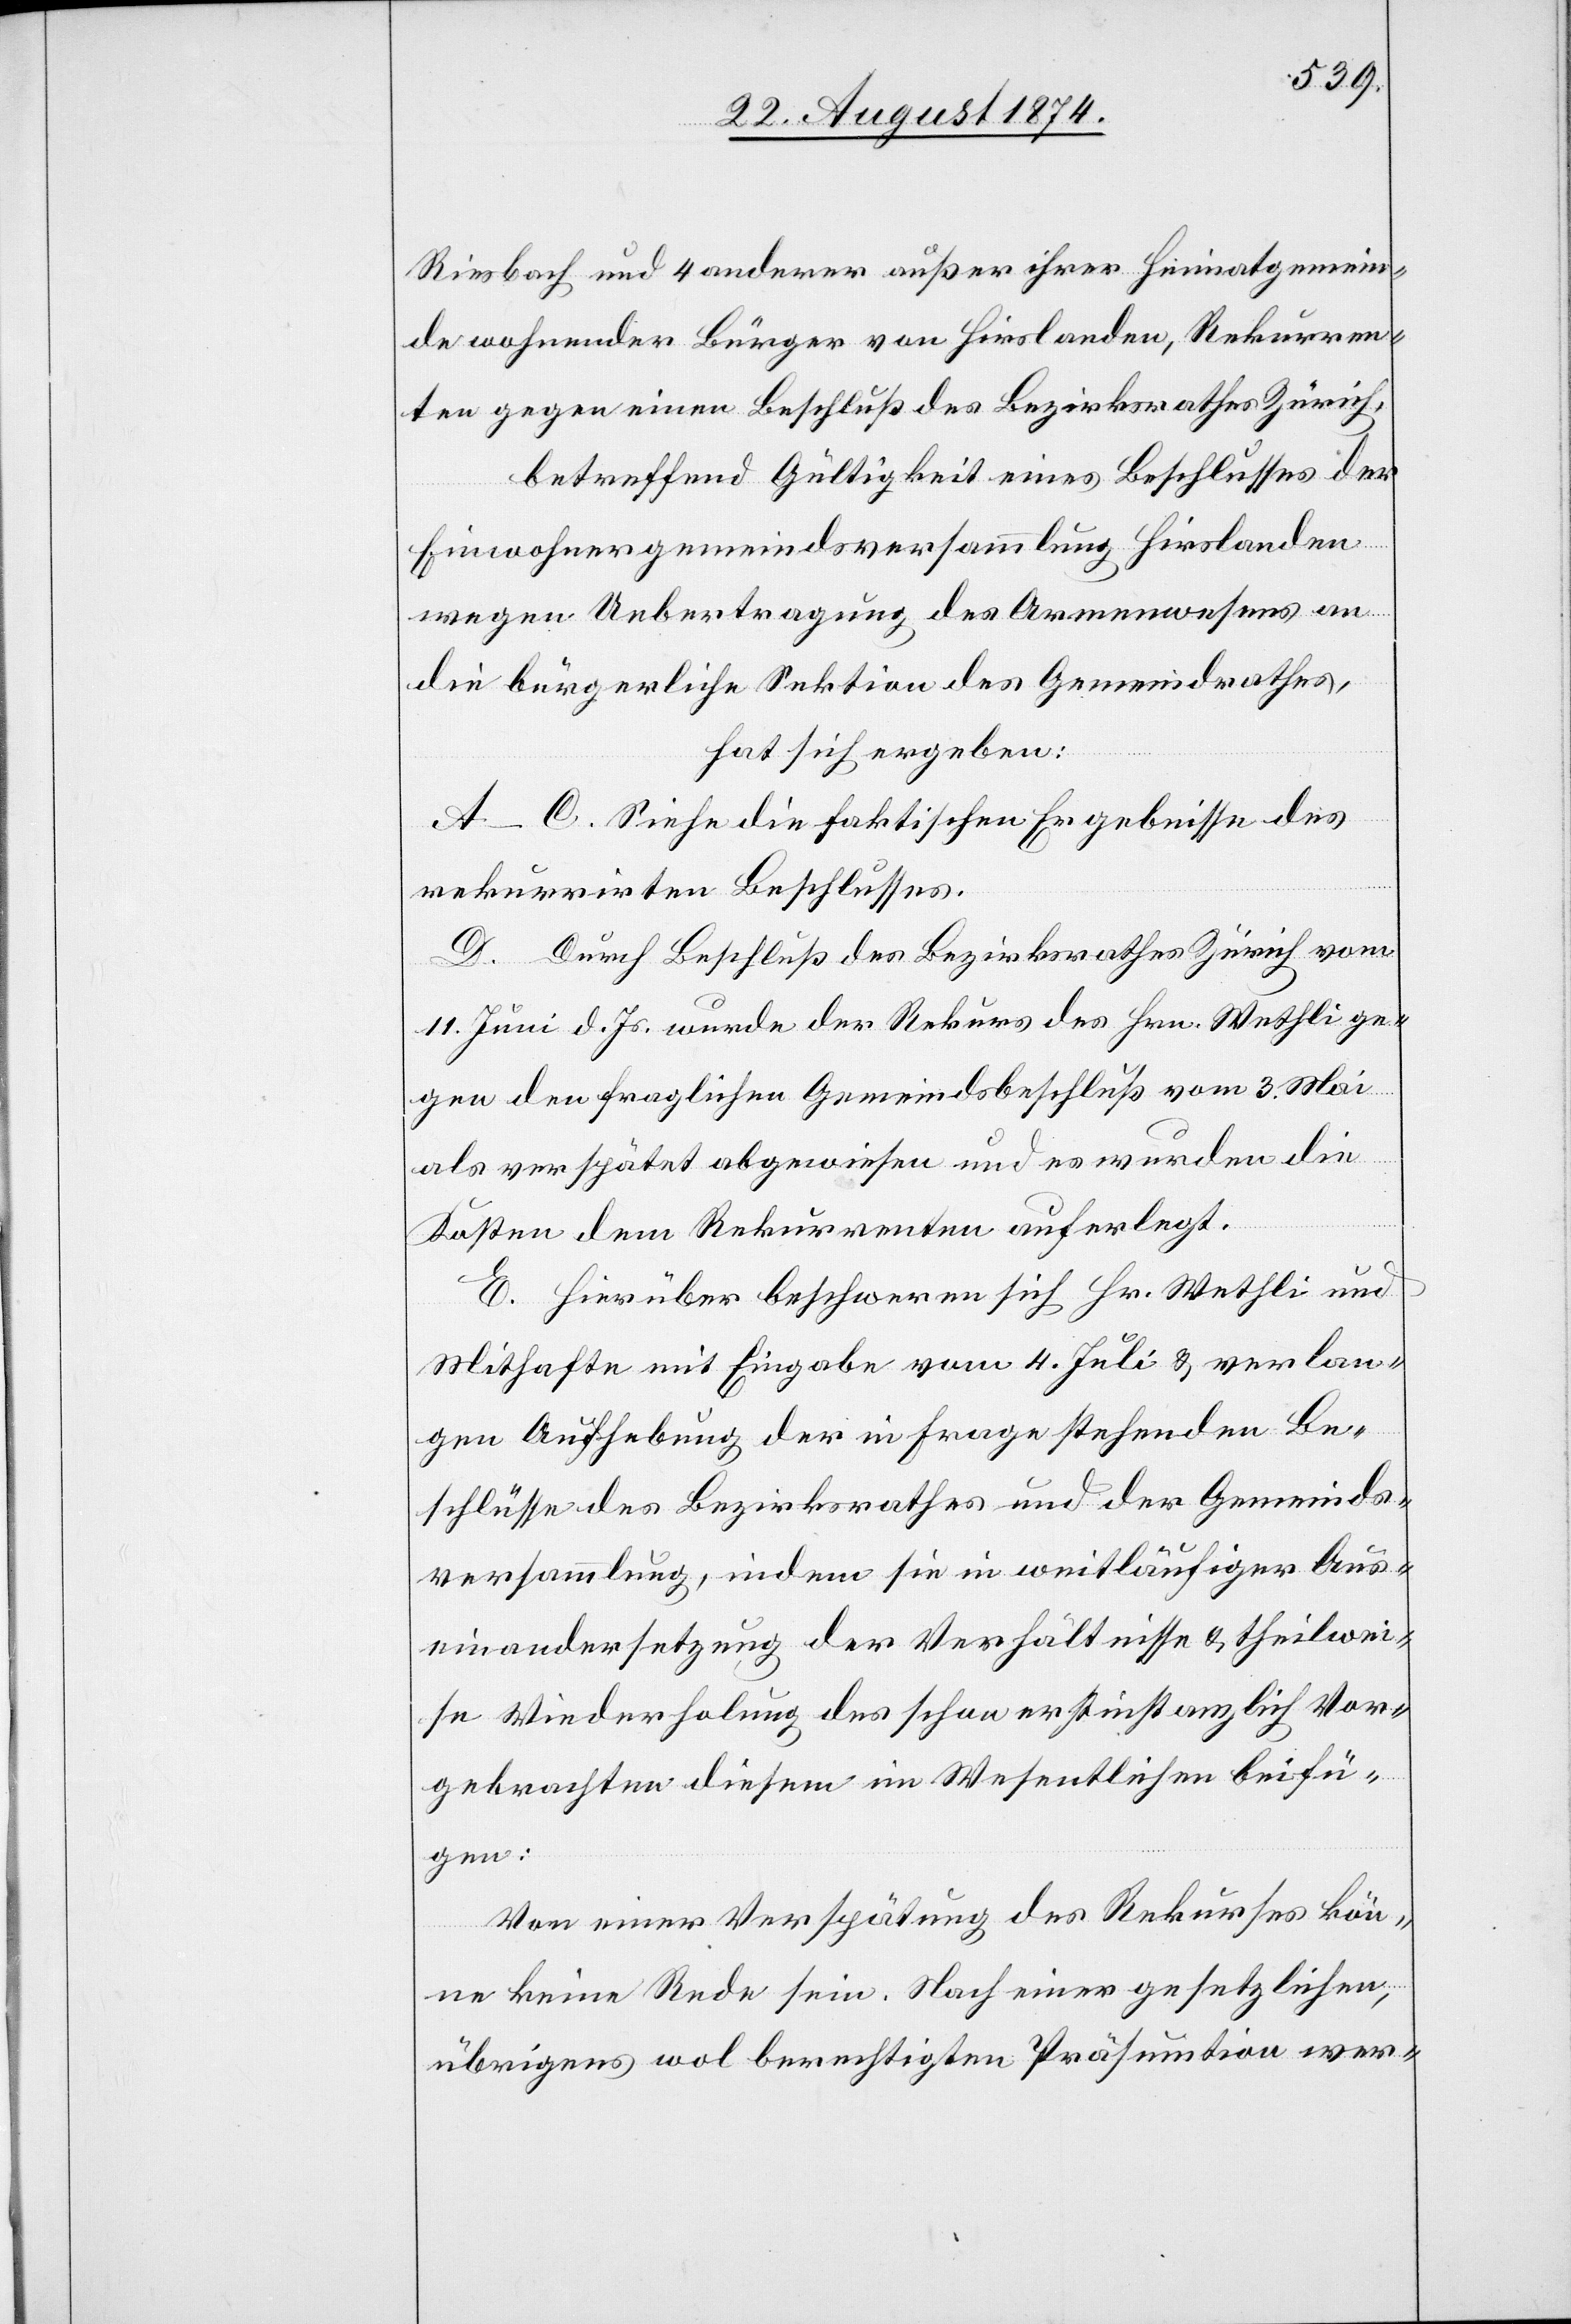
Riesbach und 4 anderer außer ihrer Heimatgemein¬
de wohnender Bürger von Hirslanden, Rekurren¬
ten gegen einen Beschluß des Bezirksrathes Zürich,
betreffend Gültigkeit eines Beschlusses der
Einwohnergemeindsversammlung Hirslanden
wegen Uebertragung des Armenwesens an
die bürgerliche Sektion des Gemeindrathes,
hat sich ergeben:
A.–C. Siehe die faktischen Ergebnisse des
rekurrirten Beschlusses.
D. Durch Beschluß des Bezirksrathes Zürich vom
11. Juni d. Js. wurde der Rekurs des Hrn. Wethli ge¬
gen den fraglichen Gemeindsbeschluß vom 3. Mai
als verspätet abgewiesen und es wurden die
Kosten dem Rekurrenten auferlegt.
E. Hierüber beschweren sich Hr. Wethli und
Mithafte mit Eingabe vom 4. Juli u. verlan¬
gen Aufhebung der in Frage stehenden Be¬
schlüsse des Bezirksrathes und der Gemeinds¬
versammlung, indem sie in weitläufiger Aus¬
einandersetzung der Verhältnisse u. theilwei¬
se Wiederholung des schon erstinstanzlich Vor¬
gebrachten diesem im Wesentlichen beifü¬
gen:
Von einer Verspätung des Rekurses kön¬
ne keine Rede sein. Nach einer gesetzlichen,
übrigens wol berechtigten Präsumtion wer-